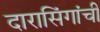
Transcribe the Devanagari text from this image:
दारासिंगांची